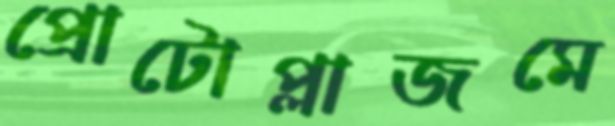
প্রোটোপ্লাজমে